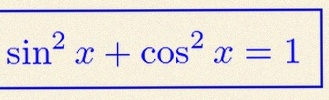
\sin^2x+\cos^2x=1